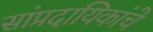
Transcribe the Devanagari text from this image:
सांप्रदायिकांचे